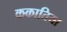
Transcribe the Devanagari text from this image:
ककातिया